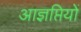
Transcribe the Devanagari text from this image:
आज्ञप्तियों